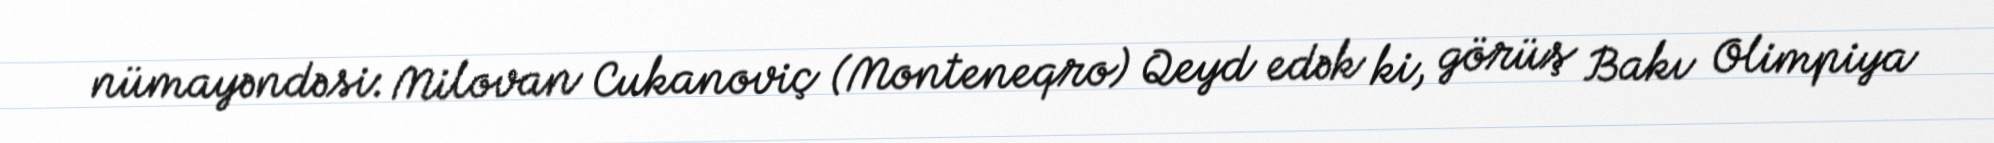
nümayəndəsi: Milovan Cukanoviç (Monteneqro) Qeyd edək ki, görüş Bakı Olimpiya